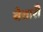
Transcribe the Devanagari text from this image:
वेत्तारी